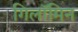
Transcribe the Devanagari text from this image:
गिलॉमिन